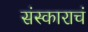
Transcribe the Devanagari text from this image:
संस्काराचं